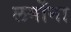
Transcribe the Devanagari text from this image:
लमोंना